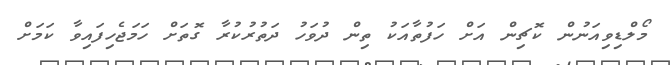
މޯލްޑިވިއަނުން ކޮޗިން އަށް ހަފުތާއަކު ތިން ދުވަހު ދަތުރުކުރާ ގޮތަށް ހަމަޖެހިފައިވާ ކަމަށް